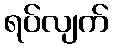
ရပ်လျက်